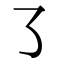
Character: ㇌